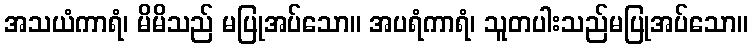
အသယံကာရံ၊ မိမိသည် မပြုအပ်သော။ အပရံကာရံ၊ သူတပါးသည်မပြုအပ်သော။